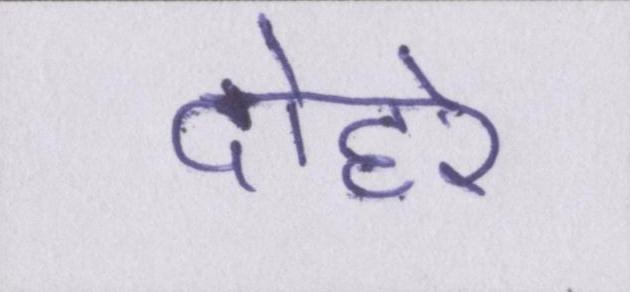
दोहरे